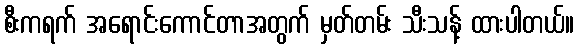
စီးကရက် အရောင်းကောင်တာအတွက် မှတ်တမ်း သီးသန့် ထားပါတယ်။